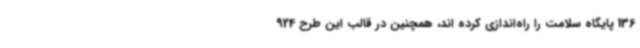
136 پایگاه سلامت را راه‌اندازی کرده اند، همچنین در قالب این طرح 924